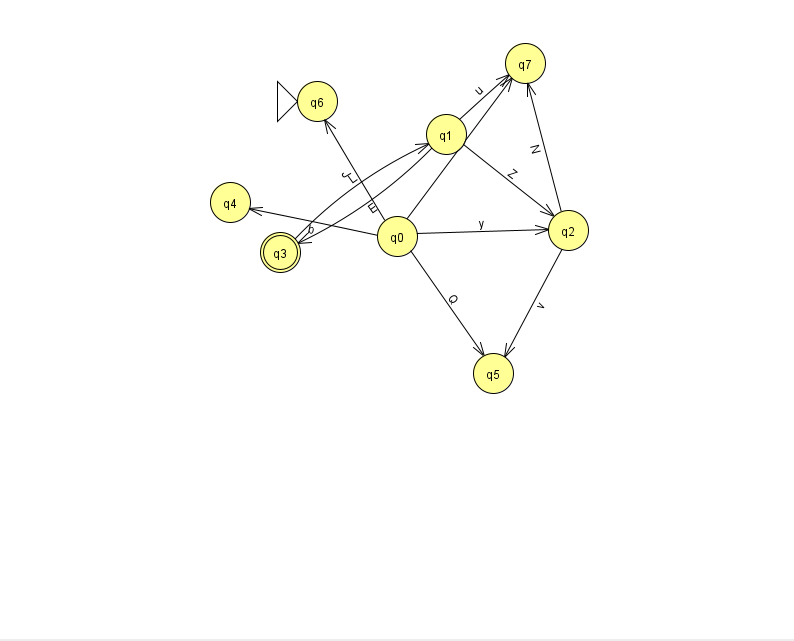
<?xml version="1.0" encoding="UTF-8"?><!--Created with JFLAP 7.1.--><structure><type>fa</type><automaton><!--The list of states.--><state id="0" name="q0"><x>397.0</x><y>223.0</y></state><state id="1" name="q1"><x>446.0</x><y>121.0</y></state><state id="2" name="q2"><x>568.0</x><y>217.0</y></state><state id="3" name="q3"><x>280.0</x><y>239.0</y><final/></state><state id="4" name="q4"><x>230.0</x><y>189.0</y></state><state id="5" name="q5"><x>493.0</x><y>360.0</y></state><state id="6" name="q6"><x>317.0</x><y>88.0</y><initial/></state><state id="7" name="q7"><x>525.0</x><y>50.0</y></state><!--The list of transitions.--><transition><from>0</from><to>2</to><read>y</read></transition><transition><from>2</from><to>5</to><read>v</read></transition><transition><from>1</from><to>3</to><read>E</read></transition><transition><from>0</from><to>7</to><read>l</read></transition><transition><from>1</from><to>2</to><read>Z</read></transition><transition><from>0</from><to>6</to><read>J</read></transition><transition><from>1</from><to>7</to><read>u</read></transition><transition><from>3</from><to>1</to><read>L</read></transition><transition><from>0</from><to>4</to><read>b</read></transition><transition><from>2</from><to>7</to><read>N</read></transition><transition><from>0</from><to>5</to><read>Q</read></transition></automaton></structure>